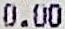
0.00